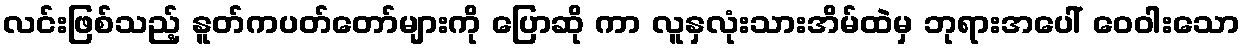
လင်းဖြစ်သည့် နူတ်ကပတ်တော်များကို ပြောဆို ကာ လူနှလုံးသားအိမ်ထဲမှ ဘုရားအပေါ် ဝေဝါးသော